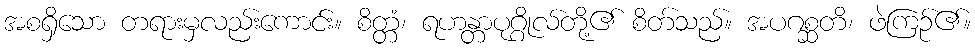
အစရှိသော တရားမှလည်းကောင်း။ စိတ္တံ၊ ရဟန္တာပုဂ္ဂိုလ်တို့၏ စိတ်သည်။ အပဂစ္ဆတိ၊ ဖဲကြဉ်၏။